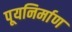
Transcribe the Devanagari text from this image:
पूयनिर्माण